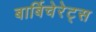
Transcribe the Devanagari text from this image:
बार्बिचेरेट्स